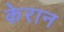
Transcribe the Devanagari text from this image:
केरान